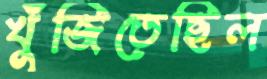
খুঁজিতেছিল